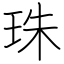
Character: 珠